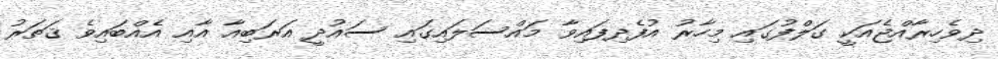
ދިވެހިރާއްޖެއަކީ ގަލްފުގައި މިހާރު އުފެދިފައިވާ މައްސަލައިގައި ސައުދީ އަރަބިއާ އާއި އެއްބައިވެ ޤަތަރު